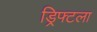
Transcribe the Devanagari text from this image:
ड्रिफ्टला